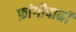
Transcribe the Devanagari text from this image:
फ्रांगीपानी